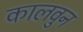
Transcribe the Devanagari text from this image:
कालवुन